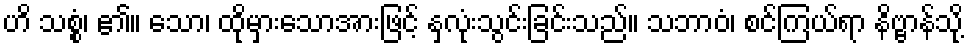
ဟိ သစ္စံ၊ ၏။ သော၊ ထိုမှားသောအားဖြင့် နှလုံးသွင်းခြင်းသည်။ သဘာဝံ၊ စင်ကြယ်ရာ နိဗ္ဗာန်သို့